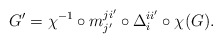
\begin{align*} G'=\chi^{-1}\circ m_{j'}^{ji'}\circ \Delta_i^{ii'}\circ \chi(G). \end{align*}